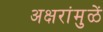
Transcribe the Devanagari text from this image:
अक्षरांमुळें